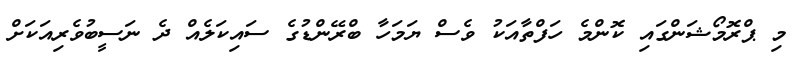
މި ޕްރޮމޯޝަންގައި ކޮންމެ ހަފްތާއަކު ވެސް ޔަމަހާ ބްރޭންޑުގެ ސައިކަލެއް ދެ ނަސީބުވެރިއަކަށް